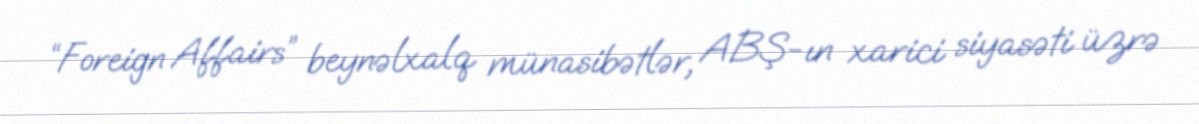
“Foreign Affairs” beynəlxalq münasibətlər, ABŞ-ın xarici siyasəti üzrə